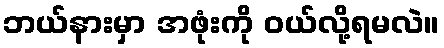
ဘယ်နားမှာ အဖုံးကို ဝယ်လို့ရမလဲ။